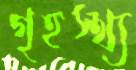
গৃহস্থ্য